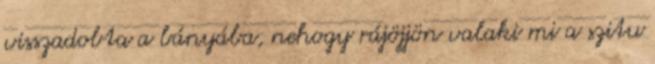
visszadobta a bányába, nehogy rájöjjön valaki mi a szitu